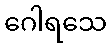
ဂေါရသေ